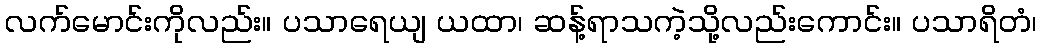
လက်မောင်းကိုလည်း။ ပသာရေယျ ယထာ၊ ဆန့်ရာသကဲ့သို့လည်းကောင်း။ ပသာရိတံ၊